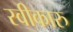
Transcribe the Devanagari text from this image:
स्वीकारु